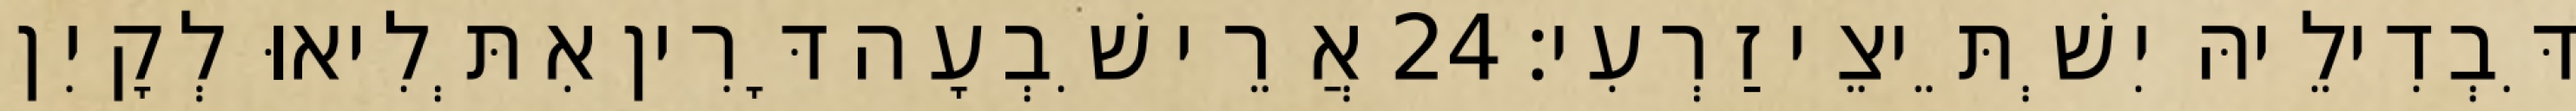
דִּבְדִילֵיהּ יִשְׁתֵּיצֵי זַרְעִי׃ 24 אֲרֵי שִׁבְעָה דָּרִין אִתְּלִיאוּ לְקָיִן